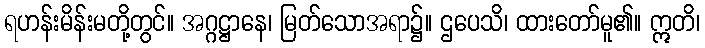
ရဟန်းမိန်းမတို့တွင်။ အဂ္ဂဋ္ဌာနေ၊ မြတ်သောအရာ၌။ ဌပေသိ၊ ထားတော်မူ၏။ ဣတိ၊